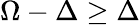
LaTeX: \Omega-\Delta\geq\Delta